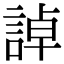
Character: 𧨳